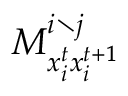
M _ { x _ { i } ^ { t } x _ { i } ^ { t + 1 } } ^ { i \setminus j }